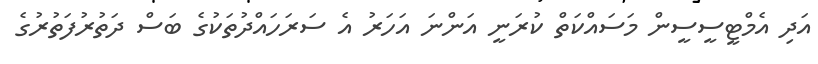
އަދި އެމްޓީސީސީން މަސައްކަތް ކުރަނީ އަންނަ އަހަރު އެ ސަރަހައްދުތަކުގެ ބަސް ދަތުރުފަތުރުގެ